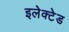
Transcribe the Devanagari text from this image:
इलेक्टेड